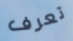
تعرف